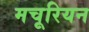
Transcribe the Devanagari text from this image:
मचूरियन